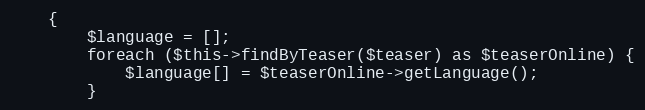
Language: PHP
    {
        $language = [];
        foreach ($this->findByTeaser($teaser) as $teaserOnline) {
            $language[] = $teaserOnline->getLanguage();
        }